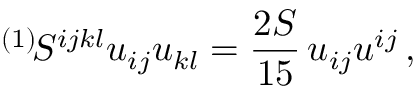
{ } ^ { ( 1 ) } \! S ^ { i j k l } u _ { i j } u _ { k l } = \frac { 2 S } { 1 5 } \, u _ { i j } u ^ { i j } \, ,